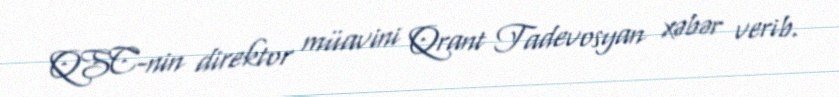
QSC-nin direktor müavini Qrant Tadevosyan xəbər verib.